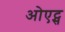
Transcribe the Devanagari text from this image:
ओएट्स